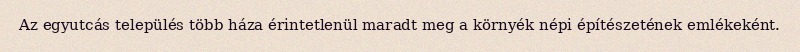
Az egyutcás település több háza érintetlenül maradt meg a környék népi építészetének emlékeként.